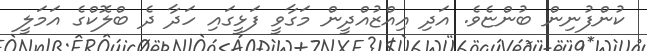
ކުންފުނިން ބުންޏެވެ. އަދި އިއްޒުއްދީން މަގާވީ ފަޅީގައި ހަދާ ދެ ބްލޮކްގެ އަމަލީ